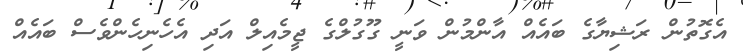
އެގޮތުން ރަޝިޔާގެ ބައެއް އާންމުން ވަނީ ގޫގުލްގެ ޖީމެއިލް އަދި އެހެނިހެންވެސް ބައެއް